Report of the Indian Hemp Drugs Commission, 1894-1895 - Volume VII
Year: 1894
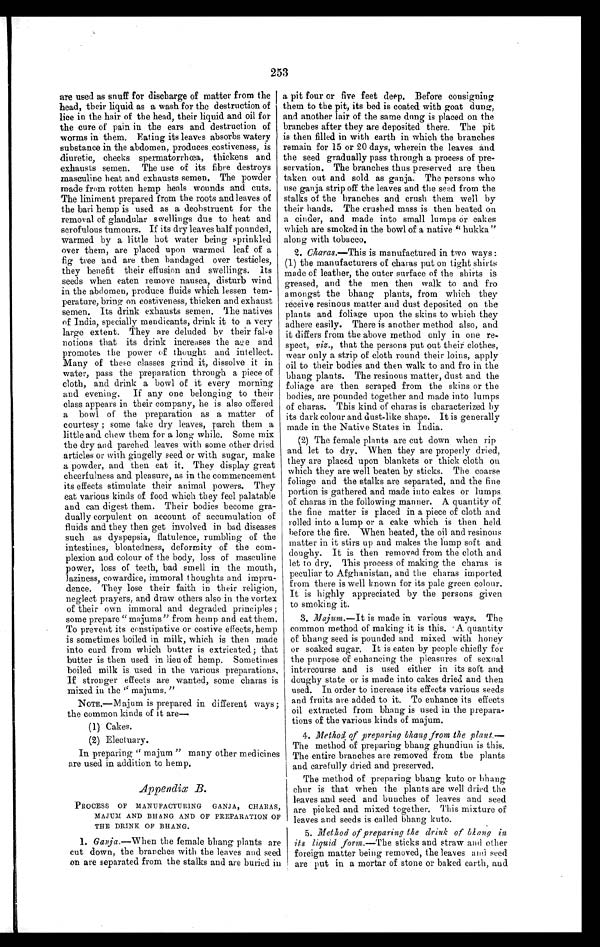
253
are used as snuff for discharge of matter from the
head, their liquid as a wash for the destruction of
lice in the hair of the head, their liquid and oil for
the cure of pain in the ears and destruction of
worms in them. Eating its leaves absorbs watery
substance in the abdomen, produce costiveness, is
diuretic, checks spermatorrhœa, thickens and
exhausts semen. The use of its fibre destroys
masculine heat and exhausts semen, The powder
made from rotten hemp heals wounds and cuts.
The liniment prepared from the roots and leaves of
the bari hemp is used as a deobstruent for the
removal of glandular swellings due to heat and
scrofulous tumours. If its dry leaves half pounded,
warmed by a little hot water being sprinkled
over them, are placed upon warmed leaf of a
fig tree and are then bandaged over testicles,
they benefit their effusion and swellings. Its
seeds when eaten remove nausea, disturb wind
in the abdomen, produce fluids which lessen tem-
perature, bring on costiveness, thicken and exhaust
semen. Its drink exhausts semen. The natives
of India, specially mendicants, drink it to a very
large extent. They are deluded by their false
notions that its drink increases the age and
promotes the power of thought and intellect.
Many of these classes grind it, dissolve it in
water, pass the preparation through a piece of
cloth and drink a bowl of it every morning
and evening. If any one belonging to their
class appears in their company, he is also offered
a bowl of the preparation as a matter of
courtesy ; some take dry leaves, parch them a
little and chew them for a long while. Some mix
the dry and parched leaves with some other dried
articles or with gingelly seed or with sugar, make
a powder, and then eat it. They display great
cheerfulness and pleasure, as in the commencement
its effects stimulate their animal powers. They
eat various kinds of food which they feel palatable
and can digest them. Their bodies become gra-
dually corpulent on account of accumulation of
fluids and they then get involved in bad diseases
such as dyspepsia, flatulence, rumbling of the
intestines, bloatedness, deformity of the com-
plexion and colour of the body, loss of masculine
power, loss of teeth, bad smell in the mouth,
laziness, cowardice, immoral thoughts and impru-
dence. They lose their faith in their religion,
neglect prayers, and draw others also in the vortex
of their own immoral and degraded principles;
some prepare "majum" from hemp and eat them.
To prevent its constipative or costive effects, hemp
is sometimes boiled in milk, which is then made
into curd from which butter is extricated; that
butter is then used in lieu of hemp. Sometimes
boiled milk is used in the various preparations,
If stronger effects are wanted, some charas is
mixed in the " majums. "
NOTE.—Majum is prepared in different ways;
the common kinds of it are—
(1) Cakes.
(2) Electuary.
In preparing " majum " many other medicines
are used in addition to hemp.
Appendix B.
PROCESS OF MANUFACTURING GANJA, CHARAS,
MAJUM AND BHANG AND OF PREPARATION OF
THE DRINK OF BHANG.
1. Ganja.—When the female bhang plants are
cut down, the branches with the leaves and seed
on are separated from the stalks and are buried in
a pit four or five feet deep. Before consigning
them to the pit, its bed is coated with goat dung,
and another lair of the same dung is placed on the
branches after they are deposited there. The pit
is then filled in with earth in which the branches
remain for 15 or 20 days, wherein the leaves and
the seed gradually pass through a process of pre-
servation. The branches thus preserved are then
taken out and sold as ganja. The persons who
use ganja strip off the leaves and the seed from the
stalks of the branches and crush them well by
their hands. The crushed mass is then heated on
a cinder, and made into small lumps or cakes
which are smoked in the bowl of a native " hukka "
along with tobacco.
2. Charas .—This is manufactured in two ways :
(1) the manufacturers of charas put on tight shirts
made of leather, the outer surface of the shirts is
greased, and the men then walk to and fro
a mongst the bhang plants, from which they
receive resinous matter and dust deposited on the
plants and foliage upon the skins to which they
adhere easily. There is another method also, and
it differs from the above method only in one re-
spect, viz ., that the persons put out their clothes,
wear only a strip of cloth round their loins, apply
oil to their bodies and then walk to and fro in the
bhang plants. The resinous matter, dust and the
foliage are then scraped from the skins or the
bodies, are pounded together and made into lumps
of charas. This kind of charas is characterized by
its dark colour and dust-like shape. It is generally
made in the Native States in India.
(2) The female plants are cut down when rip
and let to dry. When they are properly dried,
they are placed upon blankets or thick cloth on.
which they are well beaten by sticks. The coarse
foliage and the stalks are separated, and the fine
portion is gathered and made into cakes or lumps
of charas in the following manner. A quantity of
the fine matter is placed in a piece of cloth and
rolled into a lump or a cake which is then held
before the fire. When heated, the oil and resinous
matter in it stirs up and makes the lump soft and
doughy. It is then removed from the cloth and
let to dry. This process of making the charas is
peculiar to Afghanistan, and the charas imported.
from there is well known for its pale green colour.
It is highly appreciated by the persons given
to smoking it.
3. Majum .—It is made in various ways. The
common method of making it is this. A quantity
of bhang seed is pounded and mixed with honey
or soaked sugar. It is eaten by people chiefly for
the purpose of enhancing the pleasures of sexual
intercourse and is used either in its soft and
doughy state or is made into cakes dried and then
used. In order to increase its effects various seeds
and fruits are added to it. To enhance its effects
oil extracted from bhang is used in the prepara-
tions of the various kinds of majum.
4.
Method of preparing bhang from the plant. —
The method of preparing bhang ghundiun is this.
The entire branches are removed from the plants
and carefully dried and preserved.
The method of preparing bhang kuto or bhang
chur is that when the plants are well dried the
leaves and seed and bunches of leaves and seed
are picked and mixed together. This mixture of
leaves and seeds is called bhang kuto.
5. Method of preparing the drink of bkang in
its liquid form . —The sticks and straw and other
foreign matter being removed, the leaves and seed
are put in a mortar of stone or baked earth, and